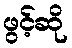
ဖွင့်ဆို